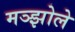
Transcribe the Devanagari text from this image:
मञ्झोले